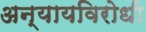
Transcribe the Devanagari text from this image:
अन्यायविरोधी